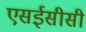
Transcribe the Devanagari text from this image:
एसईसीसी